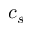
c _ { s }